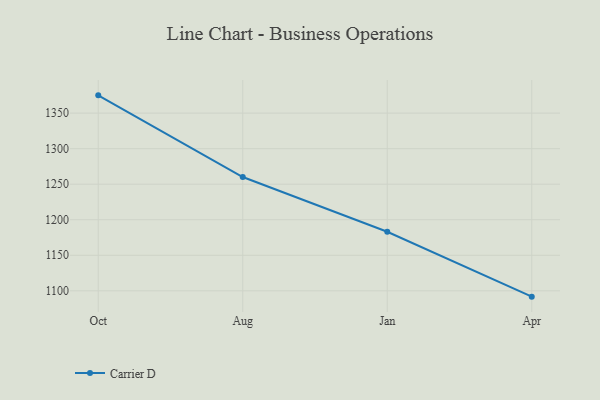
{"axis": {"x": "Month", "y": "Demand Index"}, "legend": ["Carrier D"], "data": [{"x": "Oct", "y": 1375.0, "type": "Carrier D"}, {"x": "Aug", "y": 1260.1, "type": "Carrier D"}, {"x": "Jan", "y": 1183.1, "type": "Carrier D"}, {"x": "Apr", "y": 1091.8, "type": "Carrier D"}]}